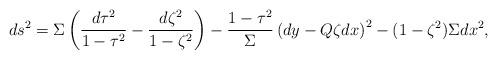
LaTeX: \begin{align*}ds^2=\Sigma\left( \frac{d\tau^2}{1-\tau^2}-\frac{d\zeta^2}{1-\zeta^2}\right)-\frac{1-\tau^2}{\Sigma}\left(dy-Q\zeta dx\right)^2 - (1-\zeta^2)\Sigma dx^2,\end{align*}